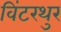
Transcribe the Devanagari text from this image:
विंटरथुर